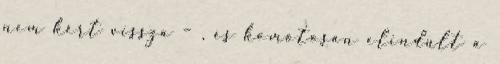
nem kért vissza – , és komótosan elindult a